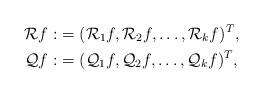
LaTeX: \begin{align*}\begin{aligned}\mathcal{R}f:&=(\mathcal{R}_{1}f,\mathcal{R}_{2}f,\ldots ,\mathcal{R}_{k}f)^{T},\\\mathcal{Q}f:&=(\mathcal{Q}_{1}f,\mathcal{Q}_{2}f,\ldots,\mathcal{Q}_{k}f)^{T}, \end{aligned}\end{align*}